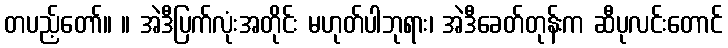
တပည့်တော်။ ။ အဲဒီပြက်လုံးအတိုင်း မဟုတ်ပါဘုရား၊ အဲဒီခေတ်တုန်းက ဆီပုလင်းတောင်